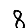
Digit: 8